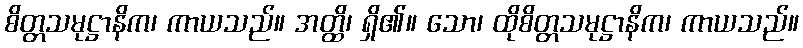
စိတ္တသမုဋ္ဌာနိက၊ ကာယသည်။ အတ္ထိ၊ ရှိ၏။ သော၊ ထိုစိတ္တသမုဋ္ဌာနိက၊ ကာယသည်။